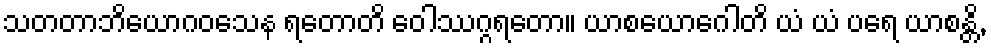
သတတာဘိယောဂဝသေန ရတောတိ ဝေါဿဂ္ဂရတော။ ယာစယောဂေါတိ ယံ ယံ ပရေ ယာစန္တိ,